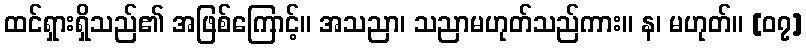
ထင်ရှားရှိသည်၏ အဖြစ်ကြောင့်။ အသညာ၊ သညာမဟုတ်သည်ကား။ န၊ မဟုတ်။ [၀၇]